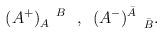
LaTeX: \begin{align*}(A^{+})_{A}^{\quad B}\mbox{ \ , \ }(A^{-})^{\bar{A}}_{\quad\bar{B}}.\end{align*}